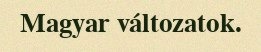
Magyar változatok.